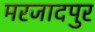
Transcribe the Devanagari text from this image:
मरजादपुर